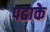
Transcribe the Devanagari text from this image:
पडाके